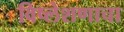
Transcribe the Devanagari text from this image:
विष्लेशणाचा